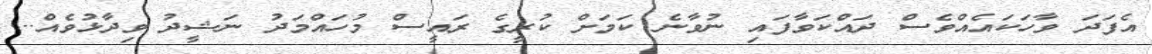
އެފަދަ ވާހަކައެއްވެސް ދައްކަވާފައި ނުވާނެ ކަމަށް ކުރީގެ ރައީސް މުހައްމަދު ނަޝީދު ވިދާޅުވެއް...